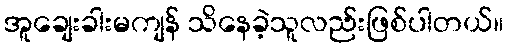
အူချေးခါးမကျန် သိနေခဲ့သူလည်းဖြစ်ပါတယ်။